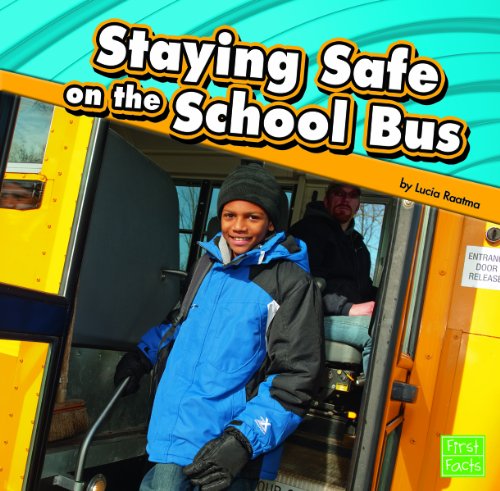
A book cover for Staying Safe on the School Bus; Lucia Raatma; Children's Books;